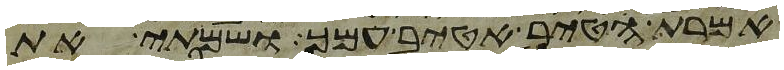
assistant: אמרת הטיב אטיב עמך ושמתי את